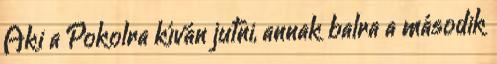
Aki a Pokolra kíván jutni, annak balra a második